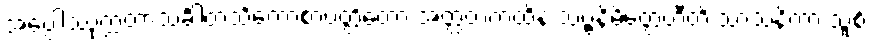
အပ္ပေါဿုက္ကတာသင်္ခါတသင်္ကောစာပတ္တိတော အတ္ထတကထိနံ သဗ္ဗနိမိတ္တေဟီတိ သာသနိကာ သူစိံ